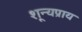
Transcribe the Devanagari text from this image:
शून्यप्राय